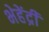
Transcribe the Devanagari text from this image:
भेहेंद्री